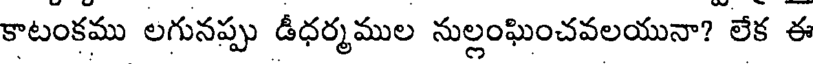
కాటంకము లగునప్పు డీధర్మముల నుల్లంఘించవలయునా? లేక ఈ